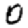
Digit: 0